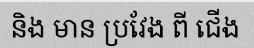
និង មាន ប្រវែង ពី ជើង